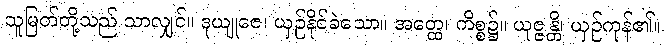
သူမြတ်တို့သည် သာလျှင်။ ဒုယျုဇေ၊ ယှဉ်နိုင်ခဲသော။ အတ္ထေ၊ ကိစ္စ၌။ ယုဇ္ဇန္တိ၊ ယှဉ်ကုန်၏။